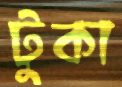
টুকা